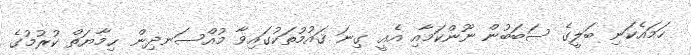
ހަމައެކަނި ބަލީގެ ސަބަބުން ނޫންކަމާއި އެއީ ގިނަ ޤައުމުތަކުގައިވާ މުއްސަނދިން ޙިމާޔަތް ކުރުމުގެ